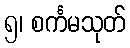
၅၊ စင်္ကမသုတ်